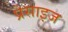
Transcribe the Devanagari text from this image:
प्रेसाइज